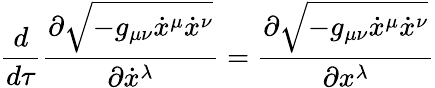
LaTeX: {\frac{d}{d\tau}}{\frac{\partial{\sqrt{-g_{\mu\nu}{\dot{x}}^{\mu}{\dot{x}}^{\nu}}}}{\partial{\dot{x}}^{\lambda}}}={\frac{\partial{\sqrt{-g_{\mu\nu}{\dot{x}}^{\mu}{\dot{x}}^{\nu}}}}{\partial x^{\lambda}}}